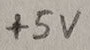
Text: +5V